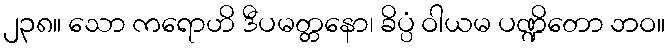
၂၃၈။ သော ကရောဟိ ဒီပမတ္တနော၊ ခိပ္ပံ ဝါယမ ပဏ္ဍိတော ဘဝ။